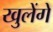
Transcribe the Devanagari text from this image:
खुलेंगे